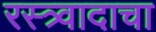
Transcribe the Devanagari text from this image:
रस्त्र्वादाचा